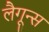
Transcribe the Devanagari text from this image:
लैगून्स